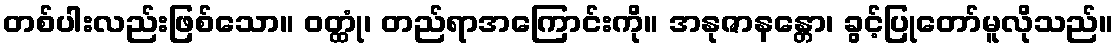
တစ်ပါးလည်းဖြစ်သော။ ဝတ္ထုံ၊ တည်ရာအကြောင်းကို။ အနုဇာနန္တော၊ ခွင့်ပြုတော်မူလိုသည်။